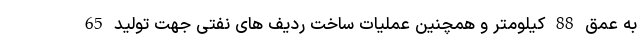
به عمق 88 کیلومتر و همچنین عملیات ساخت ردیف های نفتی جهت تولید 65